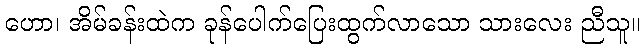
ဟော၊ အိမ်ခန်းထဲက ခုန်ပေါက်ပြေးထွက်လာသော သားလေး ညီသူ။